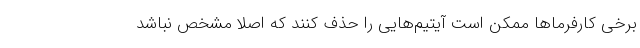
برخی کارفرماها ممکن است آیتیم‌هایی را حذف کنند که اصلا مشخص نباشد